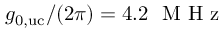
g _ { \mathrm { 0 , u c } } / ( 2 \pi ) = 4 . 2 \ \mathrm { ~ M ~ H ~ z ~ }